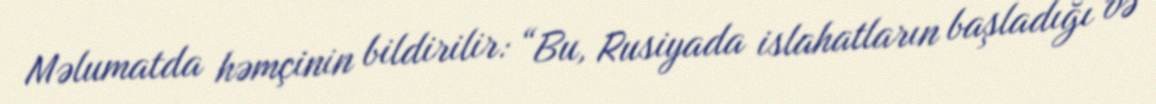
Məlumatda həmçinin bildirilir: “Bu, Rusiyada islahatların başladığı və